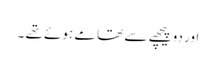
اور دو پیچھے سے تھامے ہوئے تھے ۔